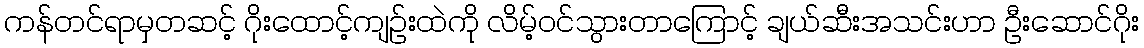
ကန်တင်ရာမှတဆင့် ဂိုးထောင့်ကျဉ်းထဲကို လိမ့်ဝင်သွားတာကြောင့် ချယ်ဆီးအသင်းဟာ ဦးဆောင်ဂိုး